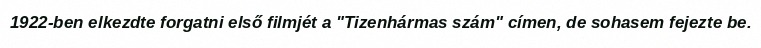
1922-ben elkezdte forgatni első filmjét a "Tizenhármas szám" címen, de sohasem fejezte be.